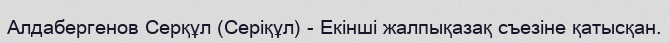
Алдабергенов Серқұл (Серіқұл) - Екінші жалпықазақ съезіне қатысқан.